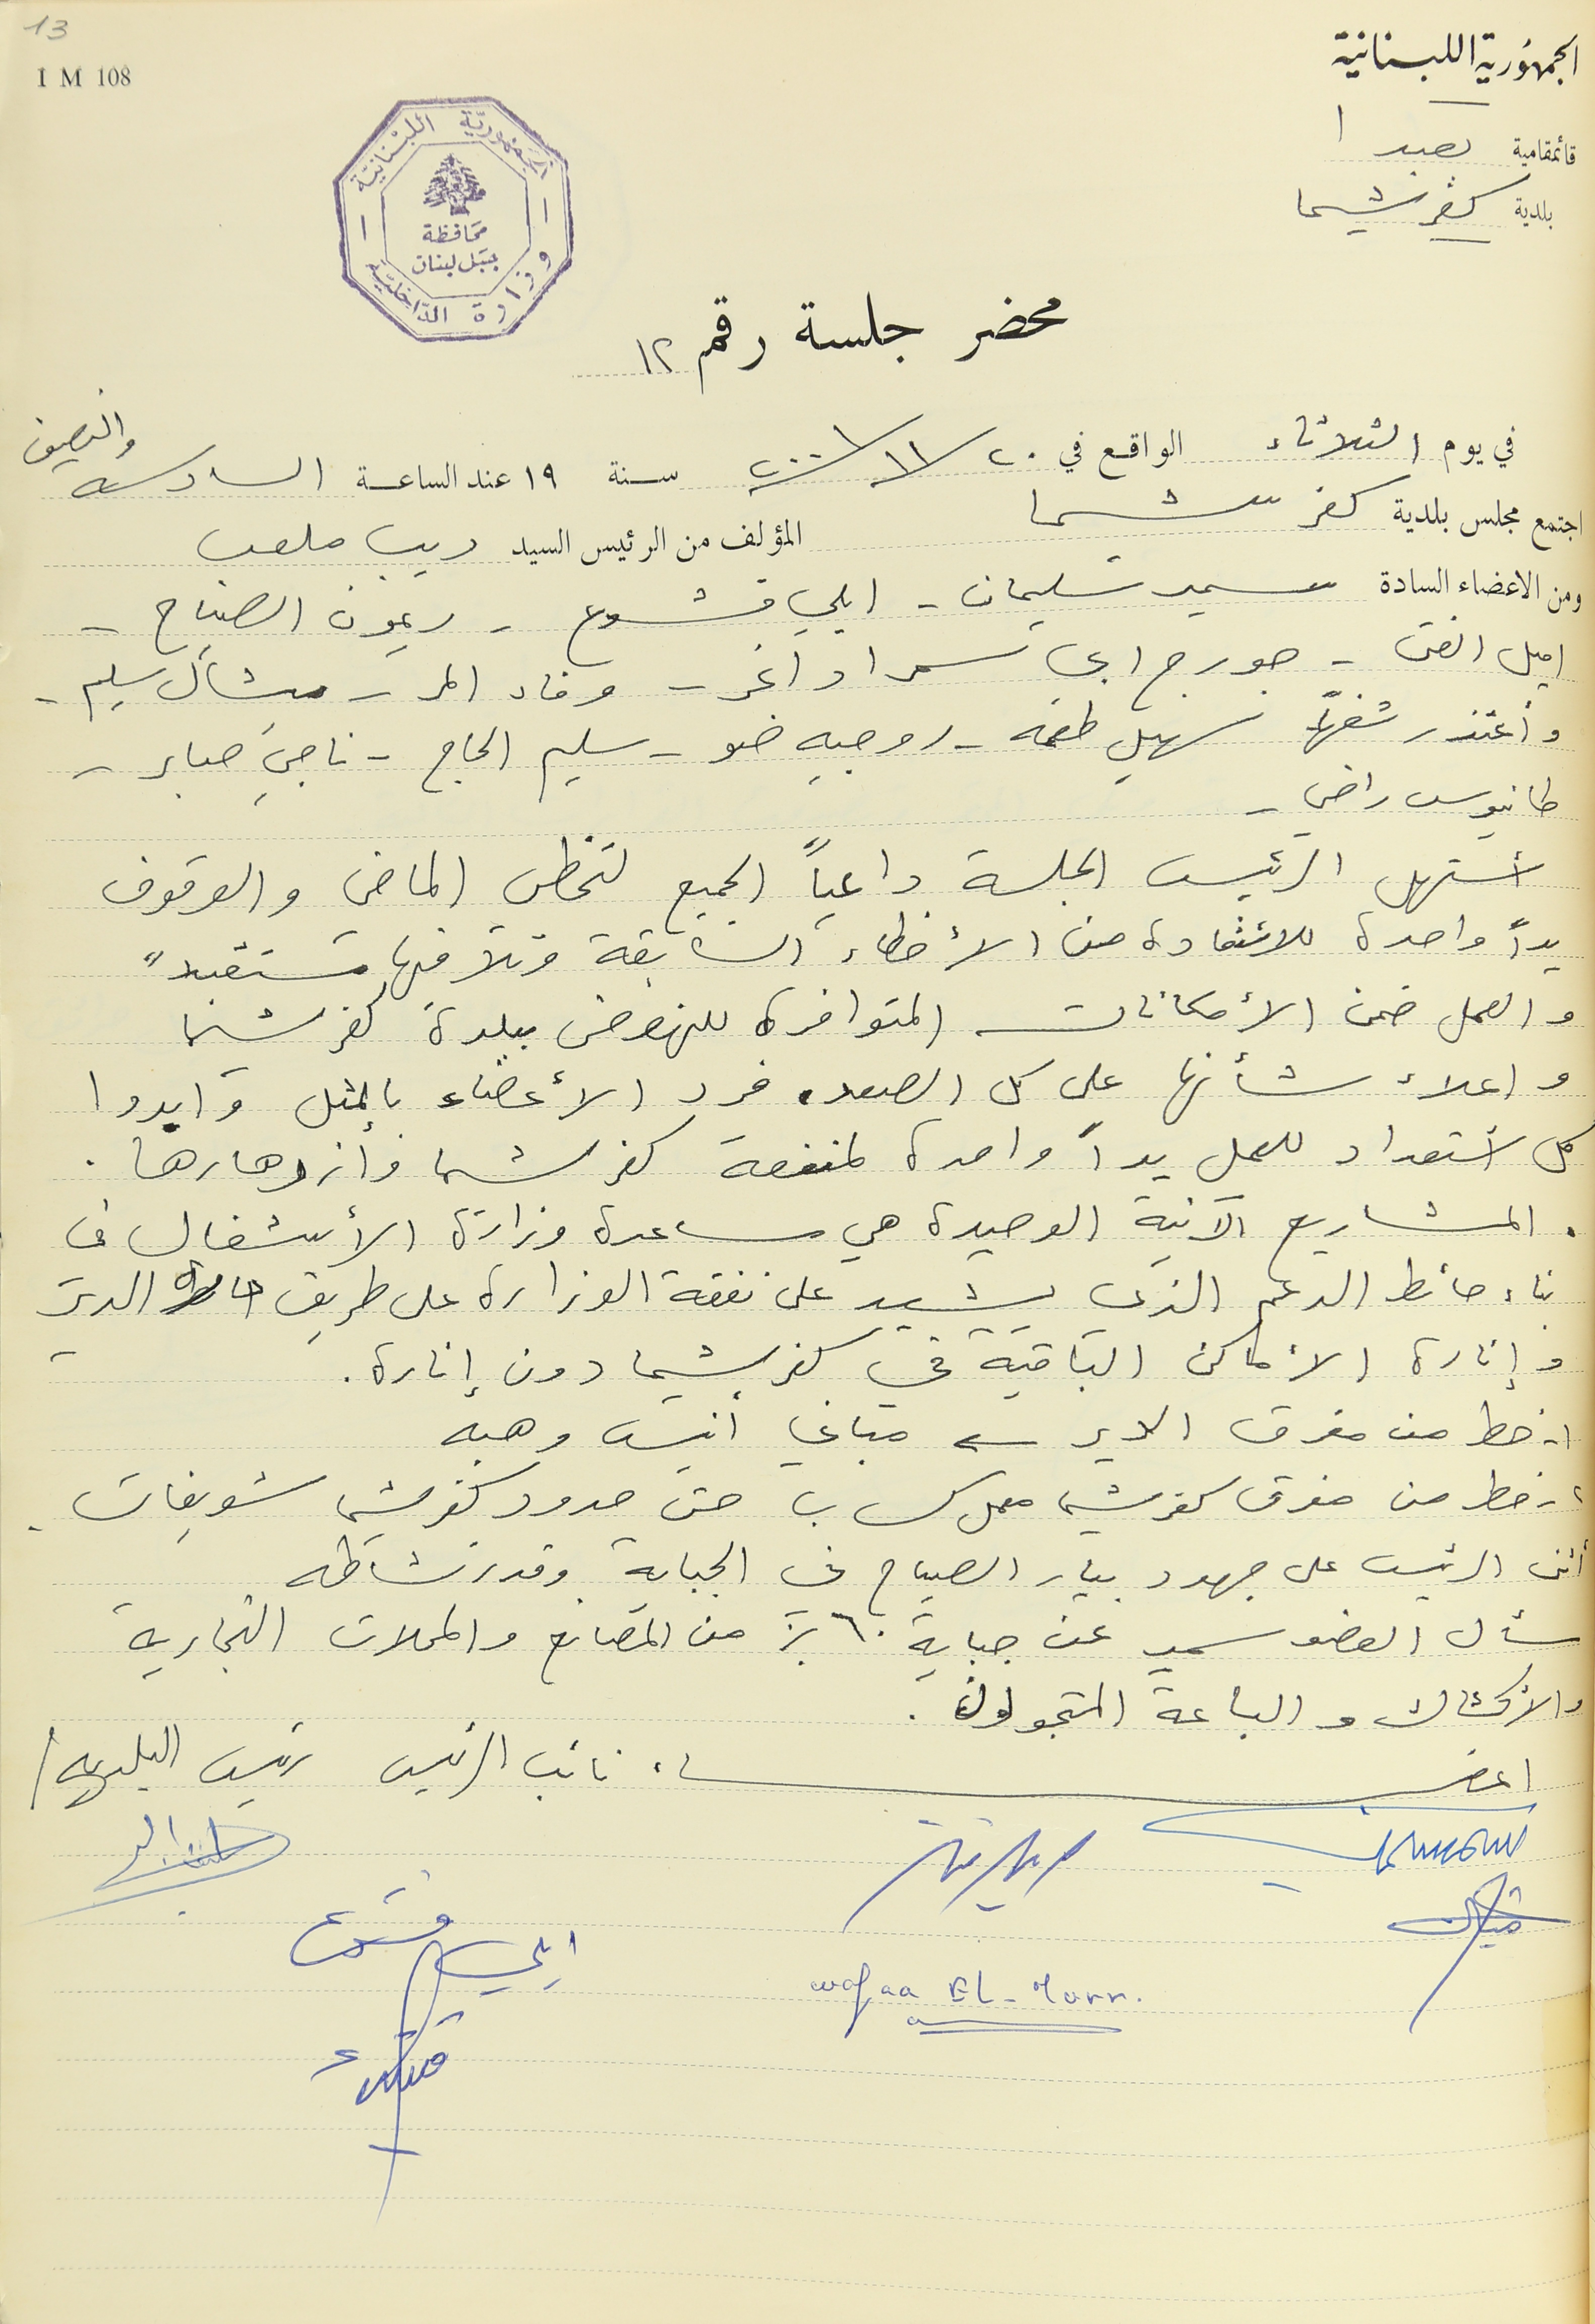
الجمهورية اللبنانية
محضر جلسة رقم 12
في يوم الثلاثاء الواقع في ٢٠ /١١/ ٢٠٠١ سنة  ١٩ عند الساعة السادسة والنصف
 اجتمع مجلس بلدية كفر شيما المؤلف من الرئيس السيد ديب ملعب
ومن الاعضاء السادة سمير سليمان - ايلي قشوع -  ريمون الصياح -
اميل الفتى - جورج ابي سمرا داغر - وفاء المر - ميشال سليم -
واعتذر شفهيًا سهيل طعمه - روجيه ضو – سليم الحاج – ناجي صابر -
طانيوس راضي -
أستهل الرئيس الجلسة داعياً الجميع لتخطي الماضي والوقوف
يداً واحدة للاستفادة من الأخطاء السابقة وتلافيها مستقبلاً
والعمل ضمن الأمكانات المتوافرة للنهوض ببلدة كفرشيما
واعلاء شأنها على كل الصعد، فرد الأعضاء بالمثل وابدوا
كل أستعداد للعمل يداً واحدة لمنفعة كفرشيما وأزدهارها.
المشاريع الآنية الوحيدة هي مساعدة وزارة الأشغال في
بناء حائط الدعم الذي يشيد على نفقة الوزارة على طريق حارة الدير
وإنارة الأماكن الباقية في كفرشيما دون إنارة.
١- خط من مفرق الدير مبانى أنيس وهبه
٢- خط من مفرق كفرشيما معمل كساب حتى حدود كفرشيما شويفات.
أثنى الرئيس على جهود بيار الصياح في الجباية وقدر نشاطه
سأل العضو سمير عن جباية ٦٠% من المصانع والمحلات التجارية
والاكشاك والباعة المتجولون.
اعضاء نائب الرئيس رئيس البلديه
ايلي قشوع
قائمقامية بعبدا
بلدية كفرشيما
13IM 108